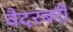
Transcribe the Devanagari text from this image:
वैदरबरी